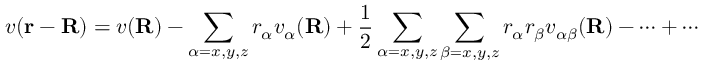
v ( \mathbf { r } - \mathbf { R } ) = v ( \mathbf { R } ) - \sum _ { \alpha = x , y , z } r _ { \alpha } v _ { \alpha } ( \mathbf { R } ) + { \frac { 1 } { 2 } } \sum _ { \alpha = x , y , z } \sum _ { \beta = x , y , z } r _ { \alpha } r _ { \beta } v _ { \alpha \beta } ( \mathbf { R } ) - \cdots + \cdots